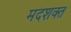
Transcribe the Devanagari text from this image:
मदशक्त